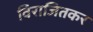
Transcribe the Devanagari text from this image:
विराजितकर